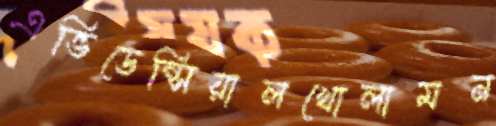
এভিডেন্সিয়ালখোলামন